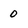
Character: 0